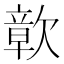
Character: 𮲾